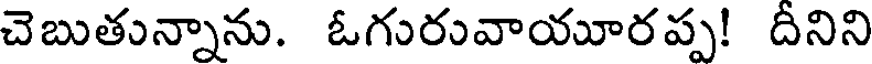
చెబుతున్నాను. ఓగురువాయూరప్ప! దీనిని